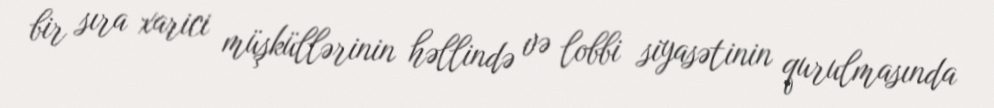
bir sıra xarici müşküllərinin həllində və lobbi siyasətinin qurulmasında